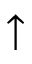
\uparrow